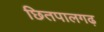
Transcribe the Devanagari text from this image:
छितपालगढ़